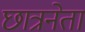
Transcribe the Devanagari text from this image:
छात्रनेता